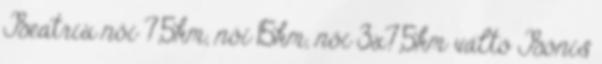
Beatrix női 7,5km, női 15km, női 3x7,5km váltó Bónis